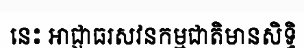
នេះ អាជ្ញាធរសវនកម្មជាតិមានសិទ្ធិ